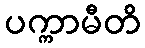
ပက္ကာမီတိ